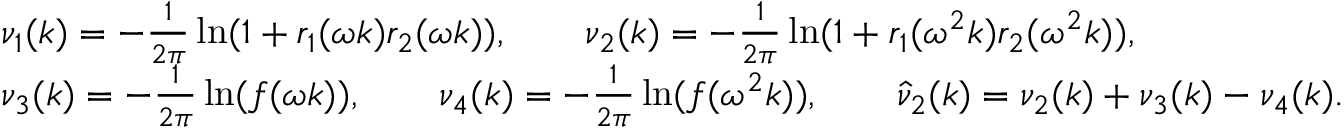
\begin{array} { r l } & { \nu _ { 1 } ( k ) = - \frac { 1 } { 2 \pi } \ln ( 1 + r _ { 1 } ( \omega k ) r _ { 2 } ( \omega k ) ) , \qquad \nu _ { 2 } ( k ) = - \frac { 1 } { 2 \pi } \ln ( 1 + r _ { 1 } ( \omega ^ { 2 } k ) r _ { 2 } ( \omega ^ { 2 } k ) ) , } \\ & { \nu _ { 3 } ( k ) = - \frac { 1 } { 2 \pi } \ln ( f ( \omega k ) ) , \qquad \nu _ { 4 } ( k ) = - \frac { 1 } { 2 \pi } \ln ( f ( \omega ^ { 2 } k ) ) , \qquad \hat { \nu } _ { 2 } ( k ) = \nu _ { 2 } ( k ) + \nu _ { 3 } ( k ) - \nu _ { 4 } ( k ) . } \end{array}